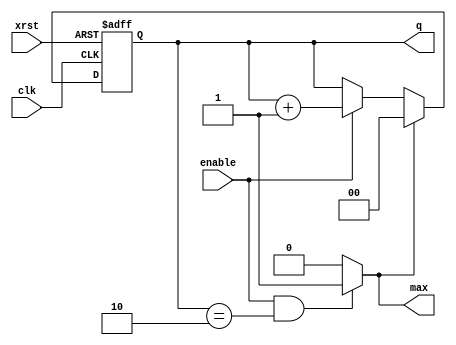
module count3 (
    output reg [1:0] q,
    output max,
    input enable,
    input clk,
    input xrst
);
assign max = (enable && q == 2) ? 1 : 0;
always @(posedge clk or negedge xrst) begin
    if (!xrst) begin
        q <= 0;
    end
    else if (max) begin
        q <= 0;
    end
    else if (enable) begin
        q <= q + 1;
    end
end
endmodule